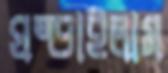
ঘষ্‌ড়াইলাম